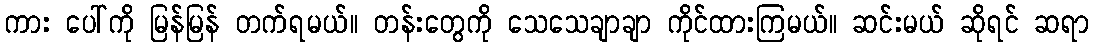
ကား ပေါ်ကို မြန်မြန် တက်ရမယ်။ တန်းတွေကို သေသေချာချာ ကိုင်ထားကြမယ်။ ဆင်းမယ် ဆိုရင် ဆရာ